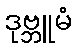
ဒုဗ္ဘူမံ